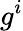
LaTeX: g^{i}